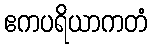
ဧကပရိယာကတံ